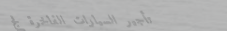
تأجير السيارات الفاخرة لج